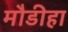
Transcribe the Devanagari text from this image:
मौडीहा